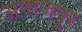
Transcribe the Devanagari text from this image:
अनाजपुर